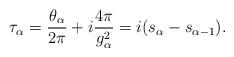
LaTeX: \begin{align*}\tau_\alpha={\theta_\alpha\over 2\pi}+i{4\pi\over g^2_\alpha}=i(s_\alpha-s_{\alpha-1}).\end{align*}